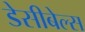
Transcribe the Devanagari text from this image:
डेसीबेल्स